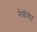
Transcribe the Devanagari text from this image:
नेवीगेट